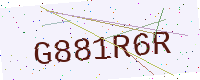
Text: G881R6R